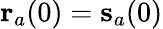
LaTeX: \mathbf r_{a}(0)={\mathbf s}_{a}(0)